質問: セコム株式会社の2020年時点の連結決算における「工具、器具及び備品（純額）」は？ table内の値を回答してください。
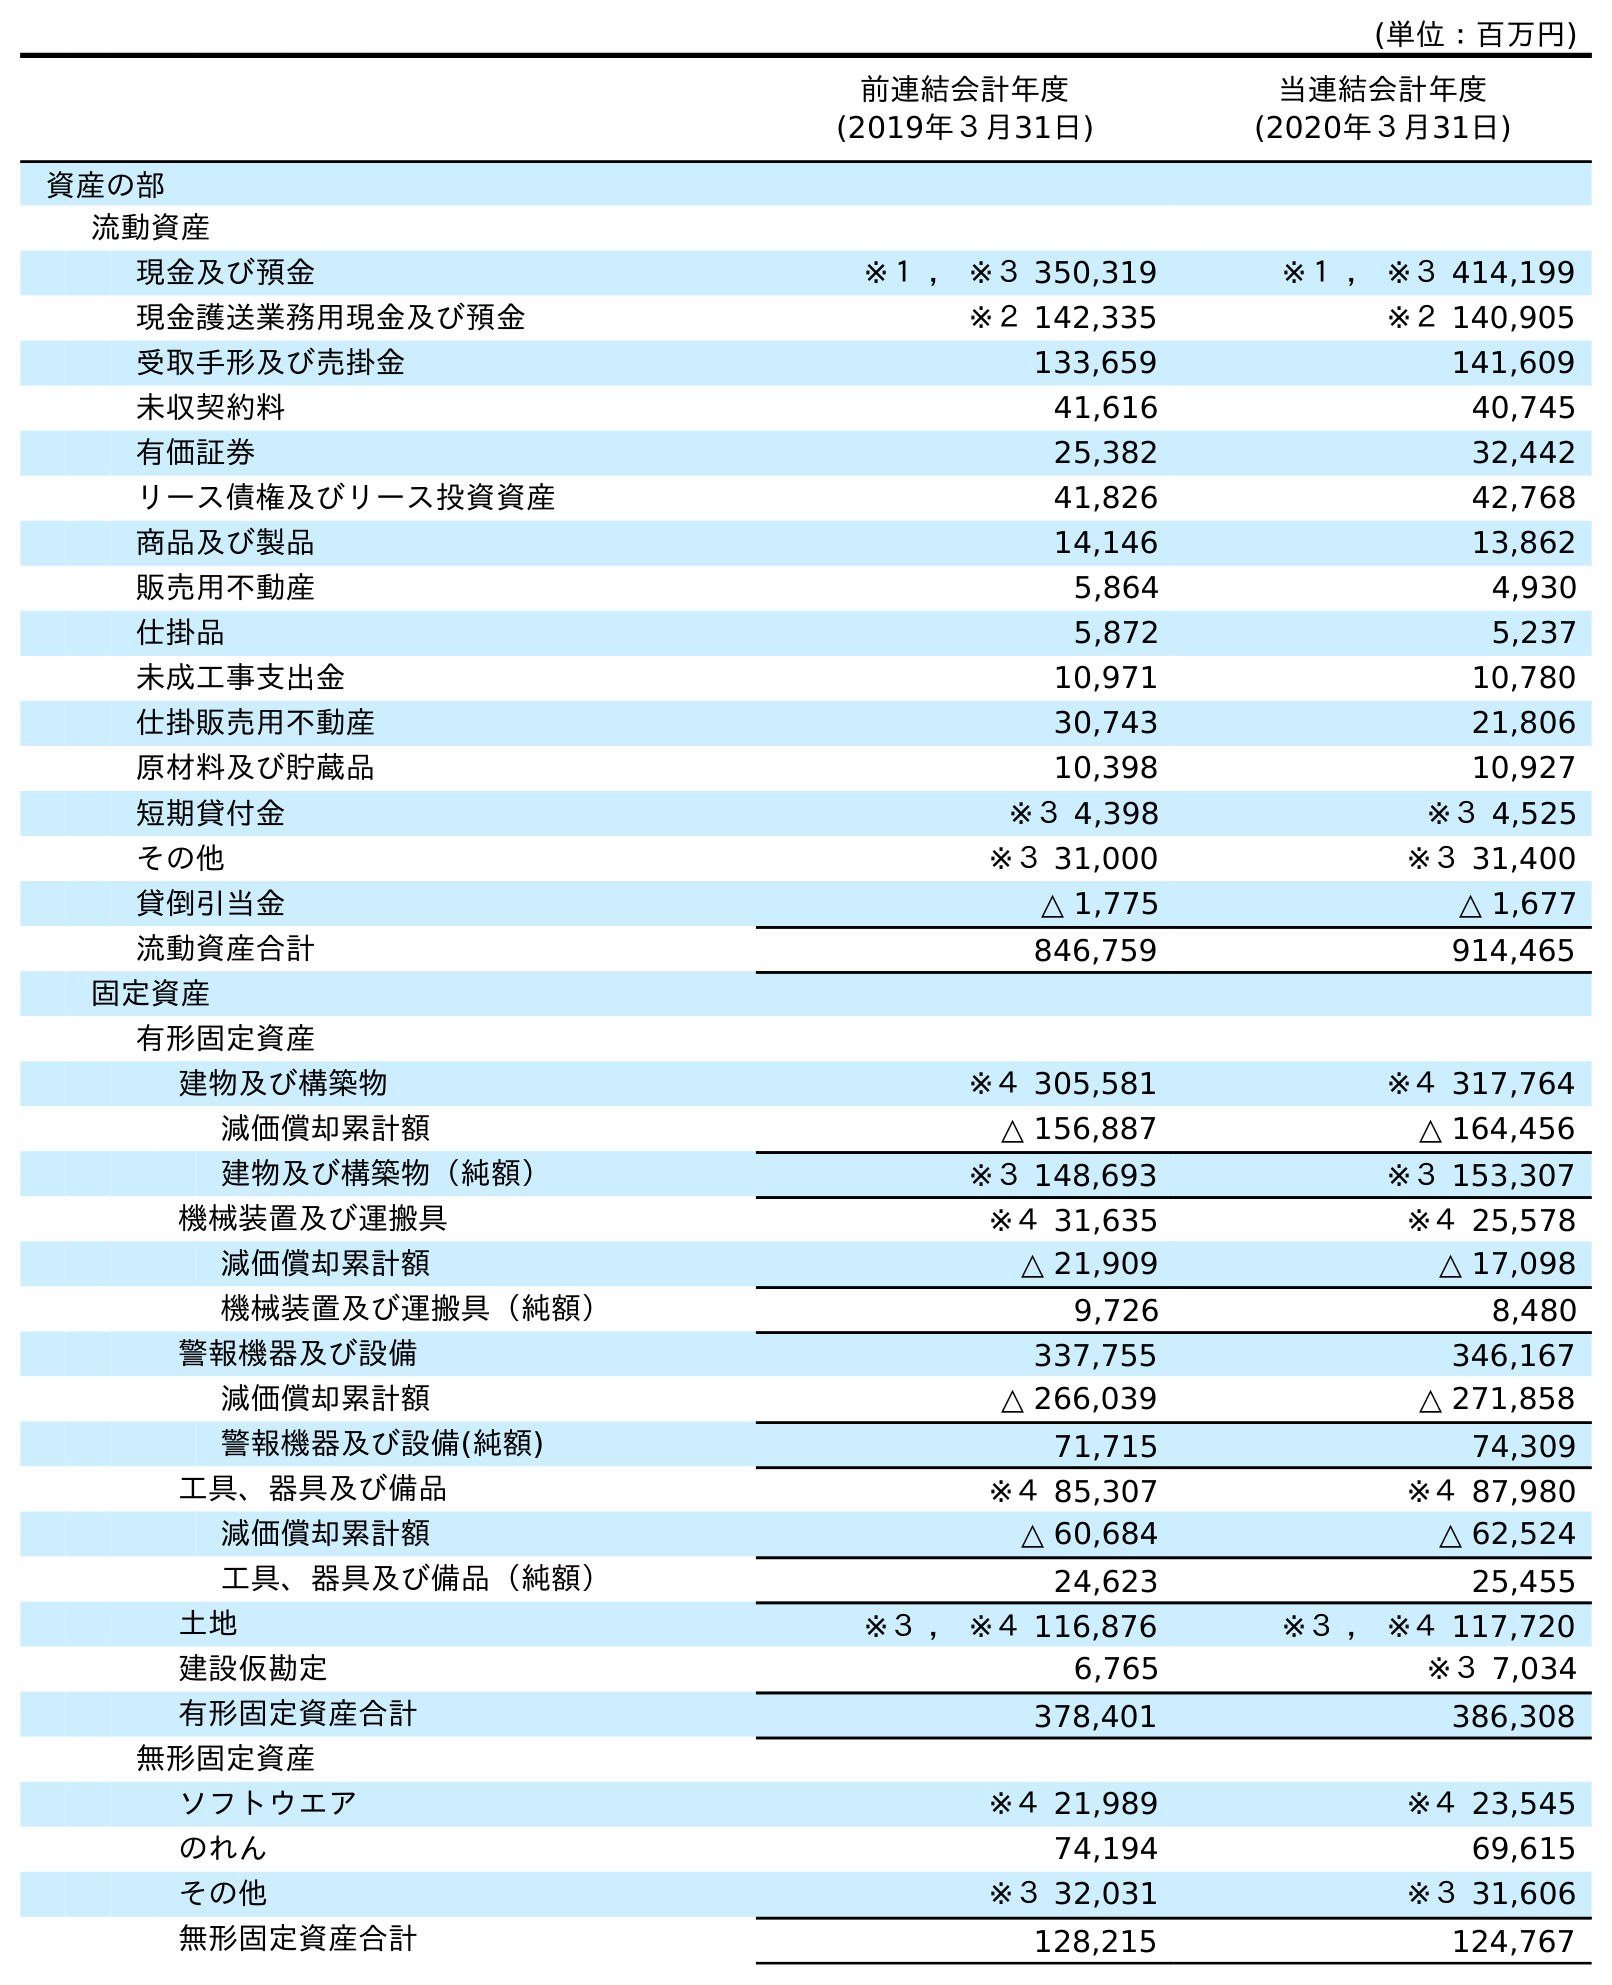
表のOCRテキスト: (単位：百万円) 前連結会計年度 (2019年３月31日) 当連結会計年度 (2020年３月31日) 資産の部 流動資産 現金及び預金 ※１ ， ※３ 350,319 ※１ ， ※３ 414,199 現金護送業務用現金及び預金 ※２ 142,335 ※２ 140,905 受取手形及び売掛金 133,659 141,609 未収契約料 41,616 40,745 有価証券 25,382 32,442 リース債権及びリース投資資産 41,826 42,768 商品及び製品 14,146 13,862 販売用不動産 5,864 4,930 仕掛品 5,872 5,237 未成工事支出金 10,971 10,780 仕掛販売用不動産 30,743 21,806 原材料及び貯蔵品 10,398 10,927 短期貸付金 ※３ 4,398 ※３ 4,525 その他 ※３ 31,000 ※３ 31,400 貸倒引当金 △ 1,775 △ 1,677 流動資産合計 846,759 914,465 固定資産 有形固定資産 建物及び構築物 ※４ 305,581 ※４ 317,764 減価償却累計額 △ 156,887 △ 164,456 建物及び構築物（純額） ※３ 148,693 ※３ 153,307 機械装置及び運搬具 ※４ 31,635 ※４ 25,578 減価償却累計額 △ 21,909 △ 17,098 機械装置及び運搬具（純額） 9,726 8,480 警報機器及び設備 337,755 346,167 減価償却累計額 △ 266,039 △ 271,858 警報機器及び設備(純額) 71,715 74,309 工具、器具及び備品 ※４ 85,307 ※４ 87,980 減価償却累計額 △ 60,684 △ 62,524 工具、器具及び備品（純額） 24,623 25,455 土地 ※３ ， ※４ 116,876 ※３ ， ※４ 117,720 建設仮勘定 6,765 ※３ 7,034 有形固定資産合計 378,401 386,308 無形固定資産 ソフトウエア ※４ 21,989 ※４ 23,545 のれん 74,194 69,615 その他 ※３ 32,031 ※３ 31,606 無形固定資産合計 128,215 124,767
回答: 25,455